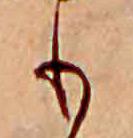
も